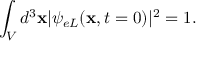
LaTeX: \int _ { V } { d ^ { 3 } { \bf x } | \psi _ { e L } ( { \bf x } , t = 0 ) | ^ { 2 } } = 1 .